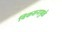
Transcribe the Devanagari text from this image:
विकसनामुळे